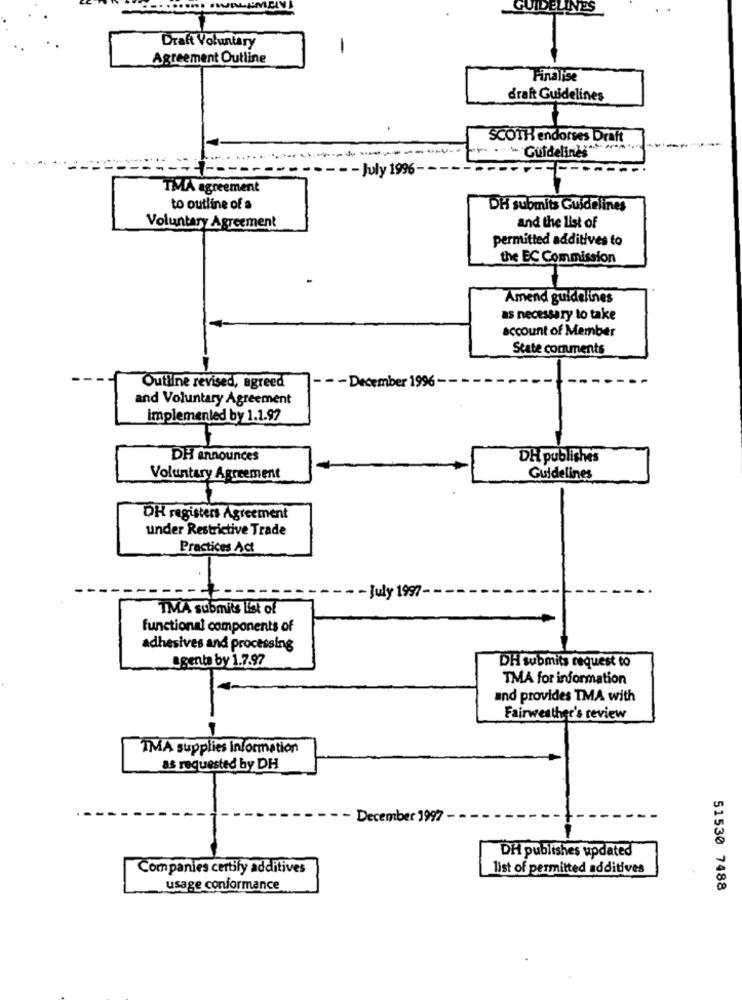
GUIDELINES
Draft Voluntary
-
Agreement Outline
Finalise
drakt Guidelines
SCOTH endorses Draft
·" Guidelines"
July 1996
TMA agreement
to outline of a
DH submits Guidelines
Voluntary Agreement
and the list of
permitted additives to
the EC Commission
Amend guidelines
as necessary to take
account of Member
State comments
Outline revised, agreed
- - December 1996 -
and Voluntary Agreement
implemented by 1.1.97
DH announces
DH publishes
Voluntary Agreement
Guidelines
DH registers Agreement
under Restrictive Trade
Practices Act
- July 1997-
TMA submits list of
functional components of
adhesives and processing
agente by 1.7.97
DH submits request to
TMA for information
and provides TMA with
Fairweather's review
TMA supplies information
as requested by DH
December
DH publishes updated
Companies certify additives
list of permitted additives
usage conformance
51530 7488